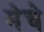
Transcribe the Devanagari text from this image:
मेचे